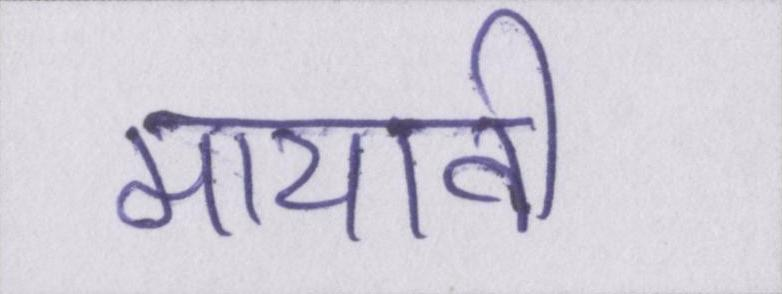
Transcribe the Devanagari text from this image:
मायावी